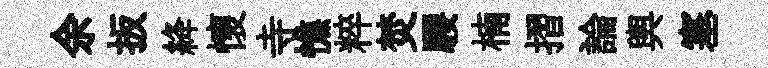
余扳絳懷寺憔粹焚騕楠摺論輿塞